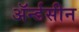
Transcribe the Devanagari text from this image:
ॲर्न्डसीन